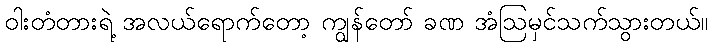
ဝါးတံတားရဲ့ အလယ်ရောက်တော့ ကျွန်တော် ခဏ အံဩမှင်သက်သွားတယ်။